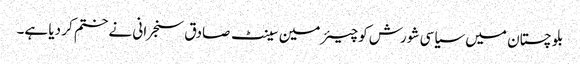
بلو چستان میں سیاسی شورش کو چیئرمین سینٹ صادق سنجرانی نے ختم کر دیا ہے۔